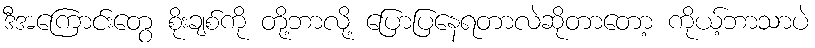
ဒီအကြောင်းတွေ စိုးချစ်ကို တို့ဘာလို့ ပြောပြနေရတာလဲဆိုတာတော့ ကိုယ့်ဘာသာပဲ